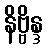
နိဗ္ဗိန္ဒ